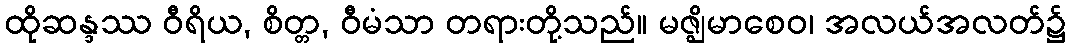
ထိုဆန္ဒဿ ဝီရိယ, စိတ္တ, ဝီမံသာ တရားတို့သည်။ မဇ္ဈိမာစေဝ၊ အလယ်အလတ်၌